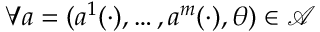
\forall a = ( a ^ { 1 } ( \cdot ) , \ldots , a ^ { m } ( \cdot ) , \theta ) \in \mathcal { A }